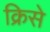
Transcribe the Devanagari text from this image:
क्रिसे